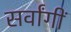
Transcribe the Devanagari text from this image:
सर्वांगीं